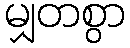
မျှတစွာ